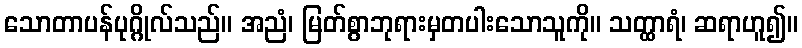
သောတာပန်ပုဂ္ဂိုလ်သည်။ အညံ၊ မြတ်စွာဘုရားမှတပါးသောသူကို။ သတ္ထာရံ၊ ဆရာဟူ၍။